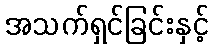
အသက်ရှင်ခြင်းနှင့်